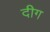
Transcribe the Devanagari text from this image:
दीग